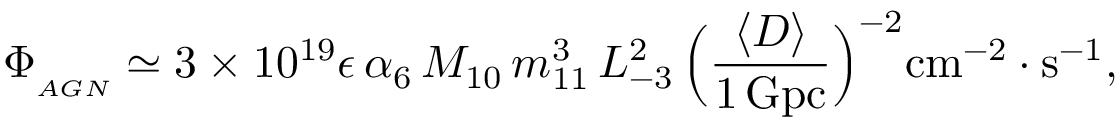
\Phi _ { _ { A G N } } \simeq 3 \times 1 0 ^ { 1 9 } \epsilon \, \alpha _ { 6 } \, M _ { 1 0 } \, m _ { 1 1 } ^ { 3 } \, L _ { - 3 } ^ { 2 } \, \Bigl ( { \frac { \langle D \rangle } { 1 \, \mathrm { G p c } } } \Bigr ) ^ { - 2 } \mathrm { c m } ^ { - 2 } \cdot \mathrm { s } ^ { - 1 } ,